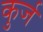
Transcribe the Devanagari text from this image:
कुर्ज